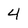
Character: 4